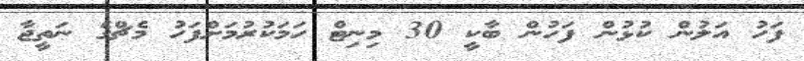
ފަހު އަލުން ކުޅުން ފަހުން ބާކީ 30 މިނިޓް ހަމަކުރުމަށްފަހު މެޗްގެ ނަތީޖާ